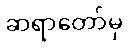
ဆရာတော်မှ